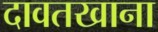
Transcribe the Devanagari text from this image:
दावतखाना